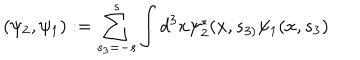
( \psi _ { 2 } , \psi _ { 1 } ) : = \sum _ { s _ { 3 } = - s } ^ { s } \int d ^ { 3 } x \psi _ { 2 } ^ { * } ( x , s _ { 3 ) } \psi _ { 1 } ( x , s _ { 3 } )